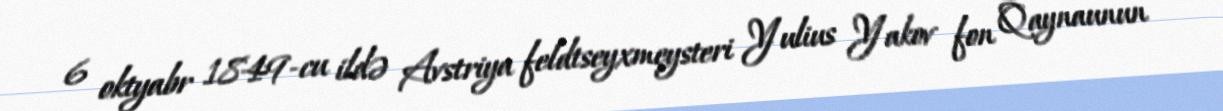
6 oktyabr 1849-cu ildə Avstriya feldtseyxmeysteri Yulius Yakov fon Qaynaunun